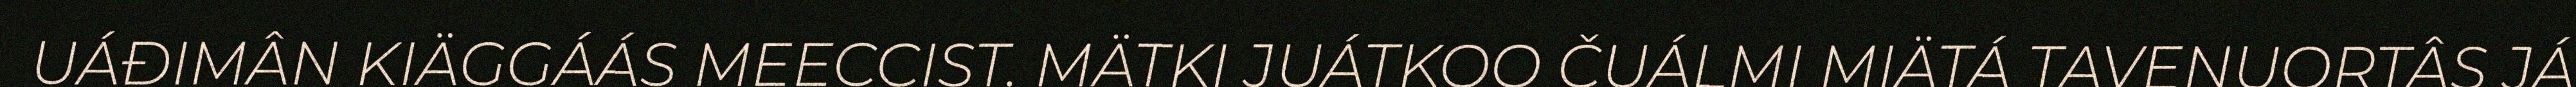
UÁĐIMÂN KIÄGGÁÁS MEECCIST. MÄTKI JUÁTKOO ČUÁLMI MIÄTÁ TAVENUORTÂS JÁ